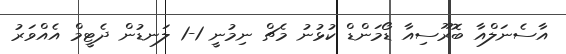
އާސެނަލްއާ ބޮރޫސިއާ ޑޯމަންޑް ކުޅުނު މެޗް ނިމުނީ 1-1 ލަނޑުން ދެޓީމް އެއްވަރު